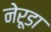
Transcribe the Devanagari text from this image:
नेरूडा